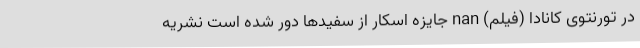
در تورنتوی کانادا (فیلم) nan جایزه اسکار از سفیدها دور شده است نشریه